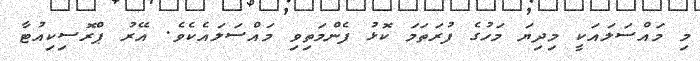
މި މައްސަލައަކީ މިދިޔަ މަހުގެ ފުރަތަމަ ކޮޅު ފެންމަތިވި މައްސަލައެކެވެ. އޭރު ޕްރޮސިކިއުޓާ